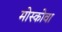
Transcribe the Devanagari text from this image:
मोस्कोवा